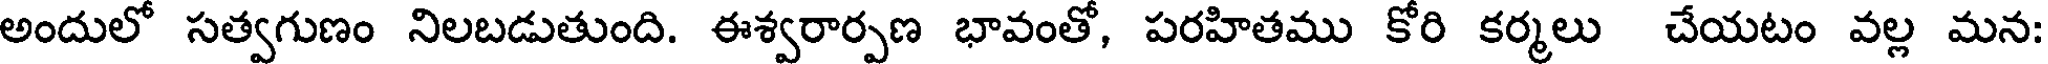
అందులో సత్వగుణం నిలబడుతుంది. ఈశ్వరార్పణ భావంతో, పరహితము కోరి కర్మలు చేయటం వల్ల మన